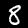
Label: 8